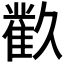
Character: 𲉬